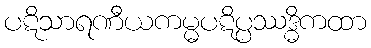
ပဋိသာရဏီယကမ္မပဋိပ္ပဿဒ္ဓိကထာ